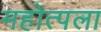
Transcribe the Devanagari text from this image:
महोत्पला